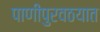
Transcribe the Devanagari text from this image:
पाणीपुरवठयात